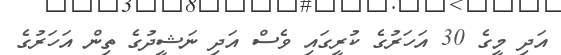
އަދި މީގެ 30 އަހަރުގެ ކުރީގައި ވެސް އަދި ނަޝީދުގެ ތިން އަހަރުގެ